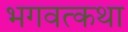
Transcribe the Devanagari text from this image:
भगवत्कथा